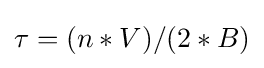
\tau =(n*V)/(2*B)